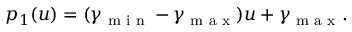
p _ { 1 } ( u ) = ( \gamma _ { \textup { m i n } } - \gamma _ { \textup { m a x } } ) u + \gamma _ { \textup { m a x } } .